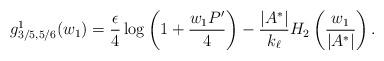
LaTeX: \begin{align*}g_{3/5, 5/6}^1 (w_1) = \frac{\epsilon}{4} \log \left( 1+ \frac{w_1 P'}{4} \right) - \frac{|A^{\ast}|}{k_{\ell}} H_2 \left( \frac{w_1}{|A^{\ast}|} \right).\end{align*}